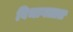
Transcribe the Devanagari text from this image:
विभागतात